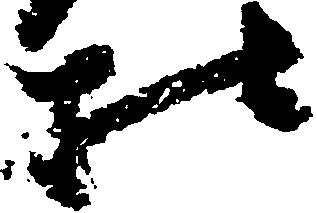
様